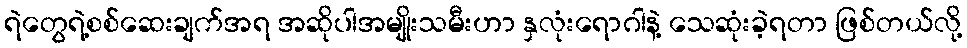
ရဲတွေရဲ့စစ်ဆေးချက်အရ အဆိုပါအမျိုးသမီးဟာ နှလုံးရောဂါနဲ့ သေဆုံးခဲ့ရတာ ဖြစ်တယ်လို့